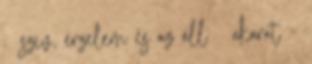
szív, érzelem és az áll akarat –